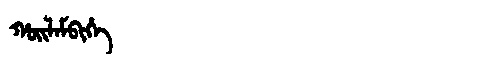
Manchu: ᡥᠣᡳᠯᠠᠮᠪᡳᡥᡝ
Romanization: HOILAMBIHE